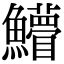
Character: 䲛